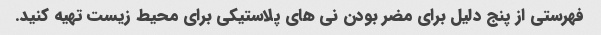
فهرستی از پنج دلیل برای مضر بودن نی های پلاستیکی برای محیط زیست تهیه کنید.